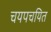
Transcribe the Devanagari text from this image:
चयपचयित